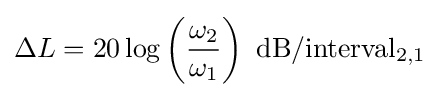
\Delta L=20\log \left({\omega _{2} \over \omega _{1}}\right)\ \mathrm {dB/interval_{2,1}}